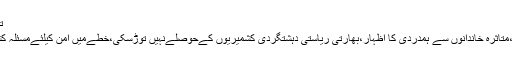
ترج مان دفترخارجہ ڈاکٹرفیصل کی ہفتہ وارمیڈیا بریفنگ
بھارتی فورسزجان بوجھ کرنوجوانوں پرتشدد کررہی ہیں،متاثرہ خاندانوں سے ہمدردی کا اظہار،بھارتی ریاستی دہشتگردی کشمیریوں کےحوصلےنہیں توڑسکی،خطےمیں امن کیلئےمسئلہ کشمیرکاحل ضروری ہے،بھارتی پروپیگنڈا گمراہ کن ہے۔